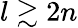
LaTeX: l\gtrsim 2n